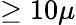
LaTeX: \geq 10\mu